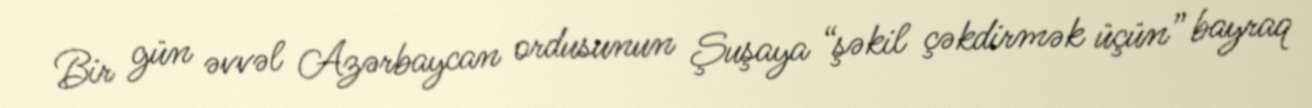
Bir gün əvvəl Azərbaycan ordusunun Şuşaya “şəkil çəkdirmək üçün” bayraq